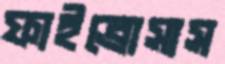
ফাইব্রোসাস